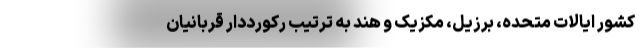
کشور ایالات متحده، برزیل، مکزیک و هند به ترتیب رکورددارِ قربانیان